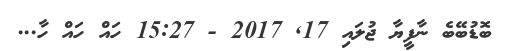
ބޮޑުބޭބެ ނާފީޔާ ޖުލައި 17